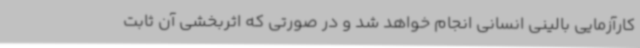
کارآزمایی بالینی انسانی انجام خواهد شد و در صورتی که اثربخشی آن ثابت